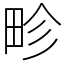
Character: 畛